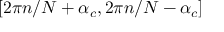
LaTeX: [ 2 \pi n / N + \alpha _ { c } , 2 \pi n / N - \alpha _ { c } ]